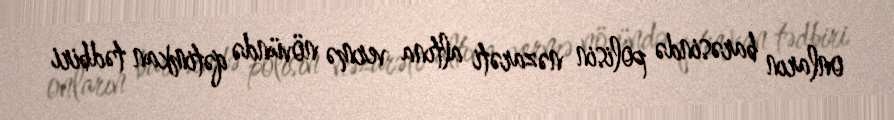
onların barəsində polisin nəzarəti altına vermə növündə qətimkan tədbiri